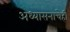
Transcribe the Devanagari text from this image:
अध्यासनाचेही